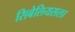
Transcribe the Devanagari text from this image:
सिबेलियसला